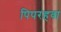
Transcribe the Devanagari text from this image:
पिपरहवा